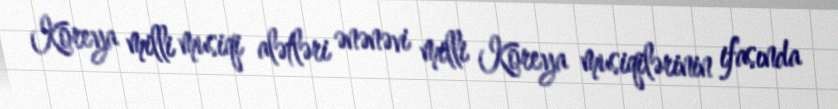
Koreya milli musiqi alətləri ənənəvi milli Koreya musiqilərinin ifasında